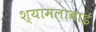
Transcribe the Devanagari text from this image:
श्यामलाबाई